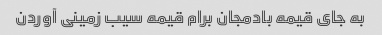
به جای قیمه بادمجان برام قیمه سیب زمینی آوردن